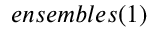
e n s e m b l e s ( 1 )